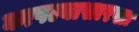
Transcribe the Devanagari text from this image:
कापल्यासारखा